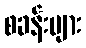
စခန်းများ